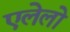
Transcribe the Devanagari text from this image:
एलेलो